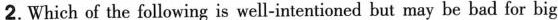
2.Which of the following is well-intentioned but may be bad for big